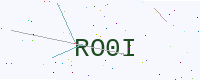
Text: RO0I